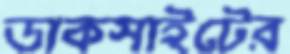
ডাকসাইটের